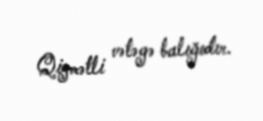
Qiymətli vətəgə balığıdır.